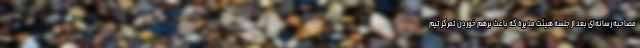
مصاحبه رسانه‌ای بعد از جلسه هیئت مدیره که باعث برهم خوردن تمرکز تیم